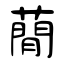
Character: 蕑